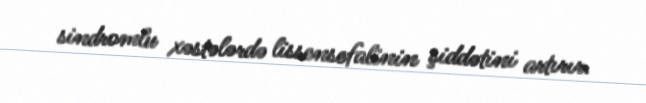
sindromlu xəstələrdə lissensefalinin şiddətini artırır.